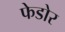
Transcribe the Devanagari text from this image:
फेडोर